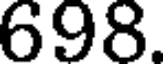
698.